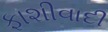
ફાશીવાદી